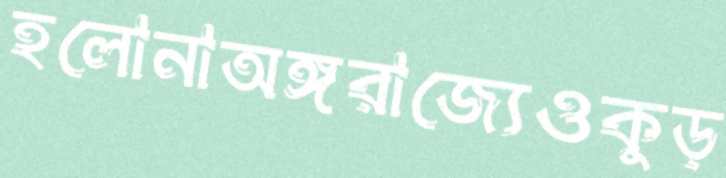
হলোনাঅঙ্গরাজ্যেওকুড়